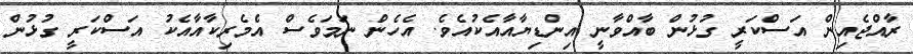
ރާއްޖެއިން އަސްކަރީ ގުޅުން ބާއްވާނީ އިންޑިޔާއާއެކުއެވެ. އެހެން ނަމަވެސް އެމެރިކާއާއެކު އަސްކަރީ ގުޅުން